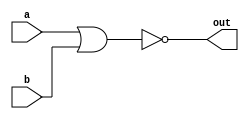
// Verilog code for NOR Gate
module norGate (a, b, out);

input a, b;
output out;
assign out = ~(a|b);

endmodule